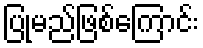
ပြုမည်ဖြစ်ကြောင်း